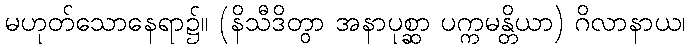
မဟုတ်သောနေရာ၌။ (နိသီဒိတွာ အနာပုစ္ဆာ ပက္ကမန္တိယာ) ဂိလာနာယ၊